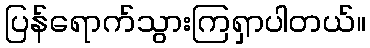
ပြန်ရောက်သွားကြရှာပါတယ်။